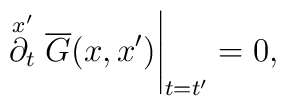
\stackrel{x'}{\partial_t} \overline G(x,x')\Bigg|_{t=t'} = 0,